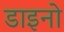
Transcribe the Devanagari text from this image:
डाइनो